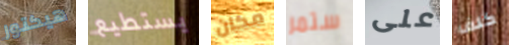
هيكتور يستطيع مكان ستمر على كلف